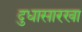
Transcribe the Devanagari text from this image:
दुधासारखा